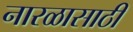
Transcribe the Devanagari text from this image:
नारळासाठी